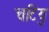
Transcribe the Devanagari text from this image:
चटियु